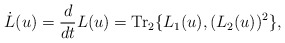
\begin{align*}\dot L (u)={d\over dt}L(u)={\rm Tr}_2\{L_1 (u),(L_2 (u))^2\},\end{align*}